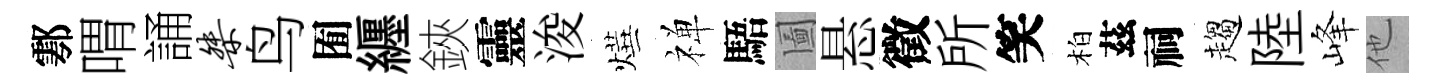
鄠喟誦桀鸟囿纒鋏靈浚燁禅䮏圗悬徵所笑柏茲祠趨陸峰他